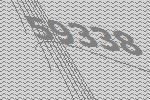
59338